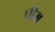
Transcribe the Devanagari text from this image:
पीम